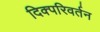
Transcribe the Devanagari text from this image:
दिक्परिवर्तन